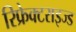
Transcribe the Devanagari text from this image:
रिफ्रेक्टराइज्ड